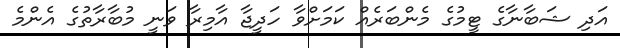
އަދި ޝަބާނާގެ ޓީމުގެ މެންބަރެއް ކަމަށްވާ ހަދީޖާ އާމިރާ ވަނީ މުބާރާތުގެ އެންމެ